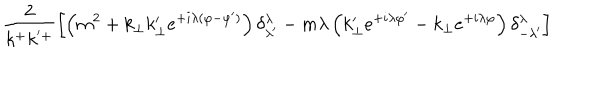
\frac { 2 } { k ^ { + } k ^ { ' + } } \left[ \left( m ^ { 2 } + k _ { \perp } k _ { \perp } ^ { \prime } e ^ { + i \lambda ( \varphi - \varphi ^ { \prime } ) } \right) \delta _ { \lambda ^ { \prime } } ^ { \lambda } - m \lambda \left( k _ { \perp } ^ { \prime } e ^ { + i \lambda \varphi ^ { \prime } } - k _ { \perp } e ^ { + i \lambda \varphi } \right) \delta _ { - \lambda ^ { \prime } } ^ { \lambda } \right]